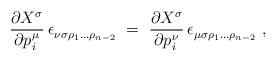
\begin{align*} \frac{\partial X_{}^\sigma}{\partial p\>\!_i^\mu} \, \epsilon_{\nu \sigma \rho_1 \ldots \rho_{n-2}}^{}~ =~\frac{\partial X_{}^\sigma}{\partial p\>\!_i^\nu} \, \epsilon_{\mu \sigma \rho_1 \ldots \rho_{n-2}}^{}~, \end{align*}